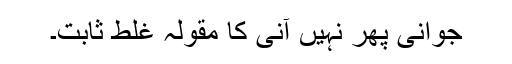
جوانی پھر نہیں آنی کا مقولہ غلط ثابت۔